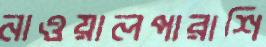
নাওয়ালপারাশি